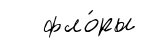
фло́ры